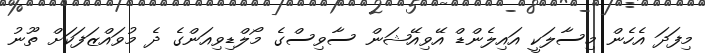
މިފަދަ އެހެން މިސާލަކީ އައިލެންޑް އޭވިއޭޝަން ސާވިސްގެ މޯލްޑިވިއަންގެ ދެ މުވައްޒަފަކަށް ތޫނު